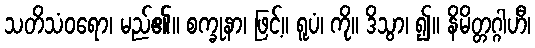
သတိသံဝရော၊ မည်၏။ စက္ခုနာ၊ ဖြင့်။ ရူပံ၊ ကို။ ဒိသွာ၊ ၍။ နိမိတ္တဂ္ဂါဟီ၊